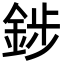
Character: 䤮